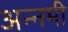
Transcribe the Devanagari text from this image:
अन्नमी